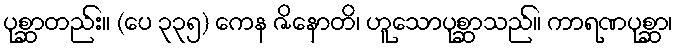
ပုစ္ဆာတည်း။ (ပေ ၃၃၅) ကေန ဇိနောတိ၊ ဟူသောပုစ္ဆာသည်။ ကာရဏပုစ္ဆာ၊